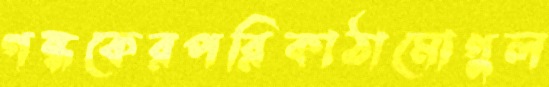
গন্ধকেরপরিকাঠামোগুল